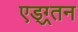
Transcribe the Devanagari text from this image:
एड्ग्र्तन